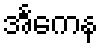
အင်္ကေန